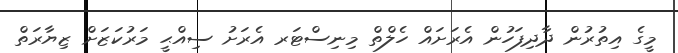
މީގެ އިތުރުން ދާދިފަހުން އެރަށައް ހެލްތް މިނިސްޓަރ އެރަށު ސިއްޙީ މަރުކަޒަށް ޒިޔާރަތް